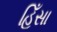
હિઁસા